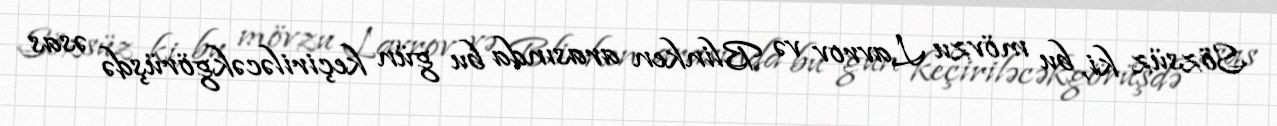
Sözsüz ki, bu mövzu Lavrov və Blinken arasında bu gün keçiriləcəkgörüşdə əsas